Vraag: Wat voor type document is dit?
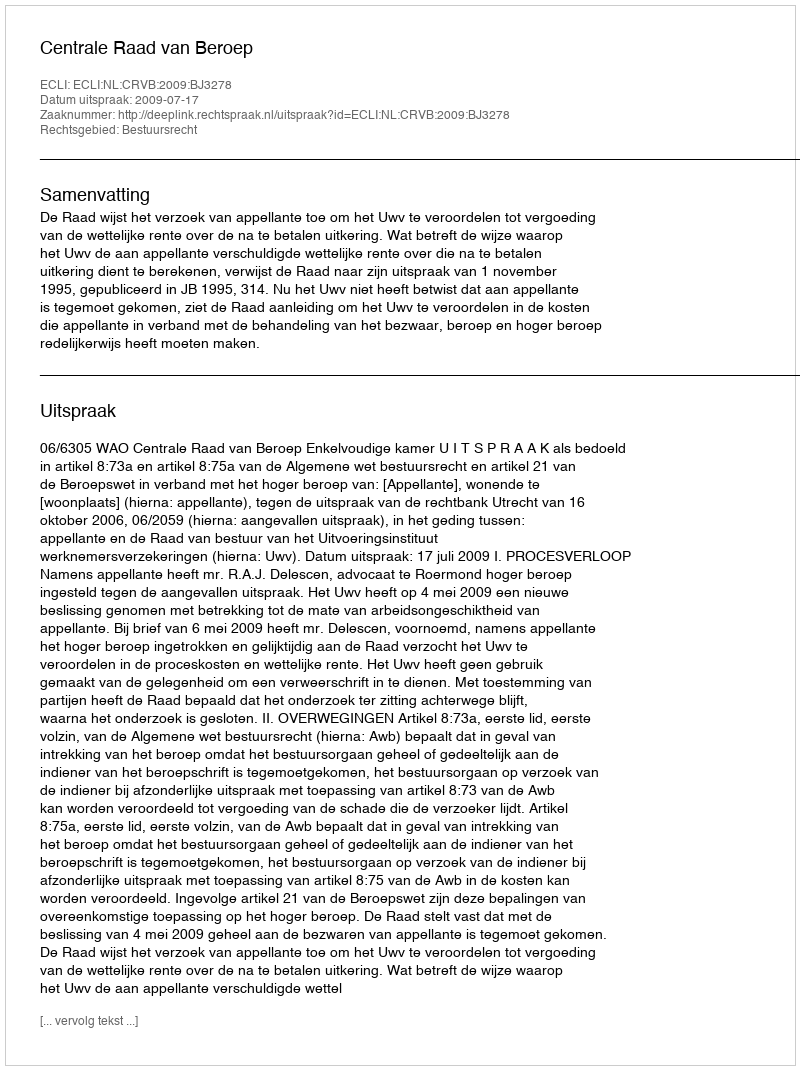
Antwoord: Uitspraak